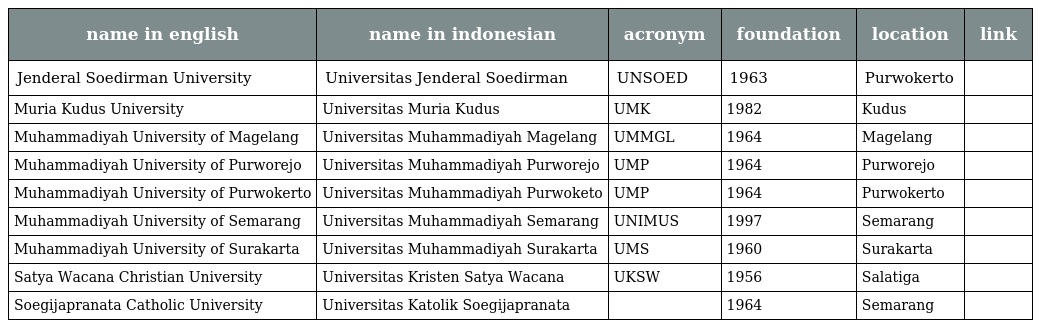
| name in english | name in indonesian | acronym | foundation | location | link |
 | --- | --- | --- | --- | --- | --- |
 | Jenderal Soedirman University | Universitas Jenderal Soedirman | UNSOED | 1963 | Purwokerto |  |
 | Muria Kudus University | Universitas Muria Kudus | UMK | 1982 | Kudus |  |
 | Muhammadiyah University of Magelang | Universitas Muhammadiyah Magelang | UMMGL | 1964 | Magelang |  |
 | Muhammadiyah University of Purworejo | Universitas Muhammadiyah Purworejo | UMP | 1964 | Purworejo |  |
 | Muhammadiyah University of Purwokerto | Universitas Muhammadiyah Purwoketo | UMP | 1964 | Purwokerto |  |
 | Muhammadiyah University of Semarang | Universitas Muhammadiyah Semarang | UNIMUS | 1997 | Semarang |  |
 | Muhammadiyah University of Surakarta | Universitas Muhammadiyah Surakarta | UMS | 1960 | Surakarta |  |
 | Satya Wacana Christian University | Universitas Kristen Satya Wacana | UKSW | 1956 | Salatiga |  |
 | Soegijapranata Catholic University | Universitas Katolik Soegijapranata |  | 1964 | Semarang |  |